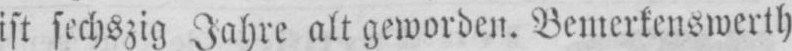
ist sechszig Jahre alt geworden. Bemerkenswerth